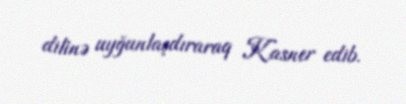
dilinə uyğunlaşdıraraq Kasner edib.